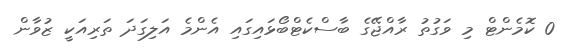
0 ކޮމެންޓް މި ވަގުތު ރާއްޖޭގެ ބާސްކެޓްބޯޅައިގައި އެންމެ އަލިގަދަ ތަރިއަކީ ޒުވާން